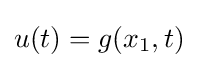
u(t)=g(x_{1},t)